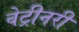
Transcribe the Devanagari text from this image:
वेट्रीनरी